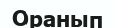
Оранып